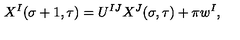
X ^ { I } ( \sigma + 1 , \tau ) = U ^ { I J } X ^ { J } ( \sigma , \tau ) + \pi w ^ { I } ,